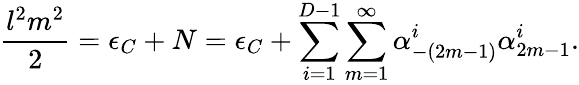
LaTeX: \frac{l^{2}m^{2}}{2}=\epsilon_{C}+N=\epsilon_{C}+\sum_{i=1}^{D-1}\sum_{m=1}^{\infty}\alpha_{-(2m-1)}^{i}\alpha_{2m-1}^{i}.